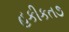
હકીકત૭